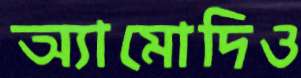
অ্যামোদিও